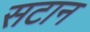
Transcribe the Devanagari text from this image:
सटान